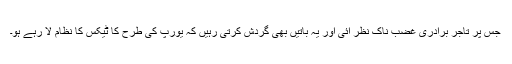
جس پر تاجر برادری غضب ناک نظر آئی اور یہ باتیں بھی گردش کرتی رہیں کہ یورپ کی طرح کا ٹیکس کا نظام لا رہے ہو۔